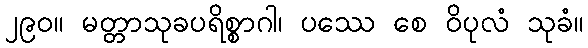
၂၉၀။ မတ္တာသုခပရိစ္စာဂါ၊ ပဿေ စေ ဝိပုလံ သုခံ။